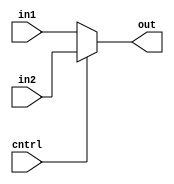
/*A mux that handles 32 bits inputs to 32 bits output*/

module MUX2to1_32(cntrl,in1,in2,out);
input cntrl;
input [31:0] in1,in2;
output [31:0] out;
assign out = (cntrl == 1) ? in2 : in1;
endmodule